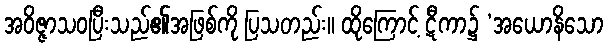
အဝိဇ္ဇာသဝပြီးသည်၏အဖြစ်ကို ပြသတည်း။ ထိုကြောင့် ဋီကာ၌ ‘အယောနိသော